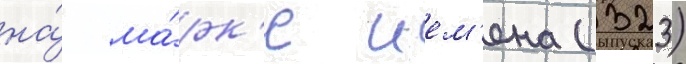
на́ ма́рк'е ием'ена (323)